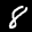
Label: 8